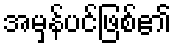
အမှန်ပင်ဖြစ်၏